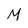
Character: M